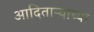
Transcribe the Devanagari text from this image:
आदिताऱ्याच्या